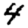
Digit: 4